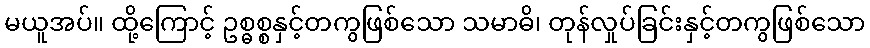
မယူအပ်။ ထို့ကြောင့် ဥစ္ဓစ္စနှင့်တကွဖြစ်သော သမာဓိ၊ တုန်လှုပ်ခြင်းနှင့်တကွဖြစ်သော